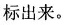
标出来。